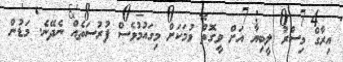
އިރާގް މިސްރު ލީބިޔާ އަށް ވީގޮތް ވުމަކަށް މިގައުމުވެސް ފުރުސަތެއް ނެދޭނެ. މަޑުން